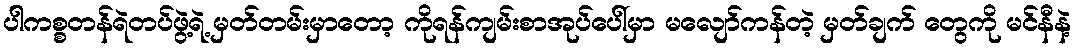
ပါကစ္စတန်ရဲတပ်ဖွဲ့ရဲ့ မှတ်တမ်းမှာတော့ ကိုရန်ကျမ်းစာအုပ်ပေါ်မှာ မလျော်ကန်တဲ့ မှတ်ချက် တွေကို မင်နီနဲ့